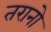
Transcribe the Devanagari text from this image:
तरानो